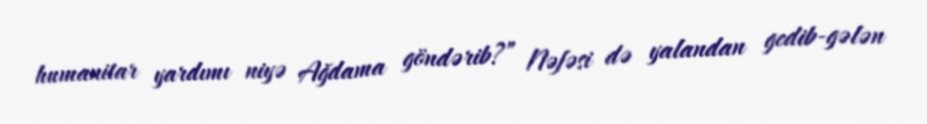
humanitar yardımı niyə Ağdama göndərib?” Nəfəsi də yalandan gedib-gələn